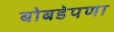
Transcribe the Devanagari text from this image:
बोबडेपणा